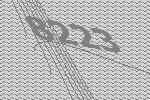
8223